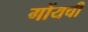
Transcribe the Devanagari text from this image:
गोंयची